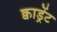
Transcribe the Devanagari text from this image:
क्वाड्रेंट